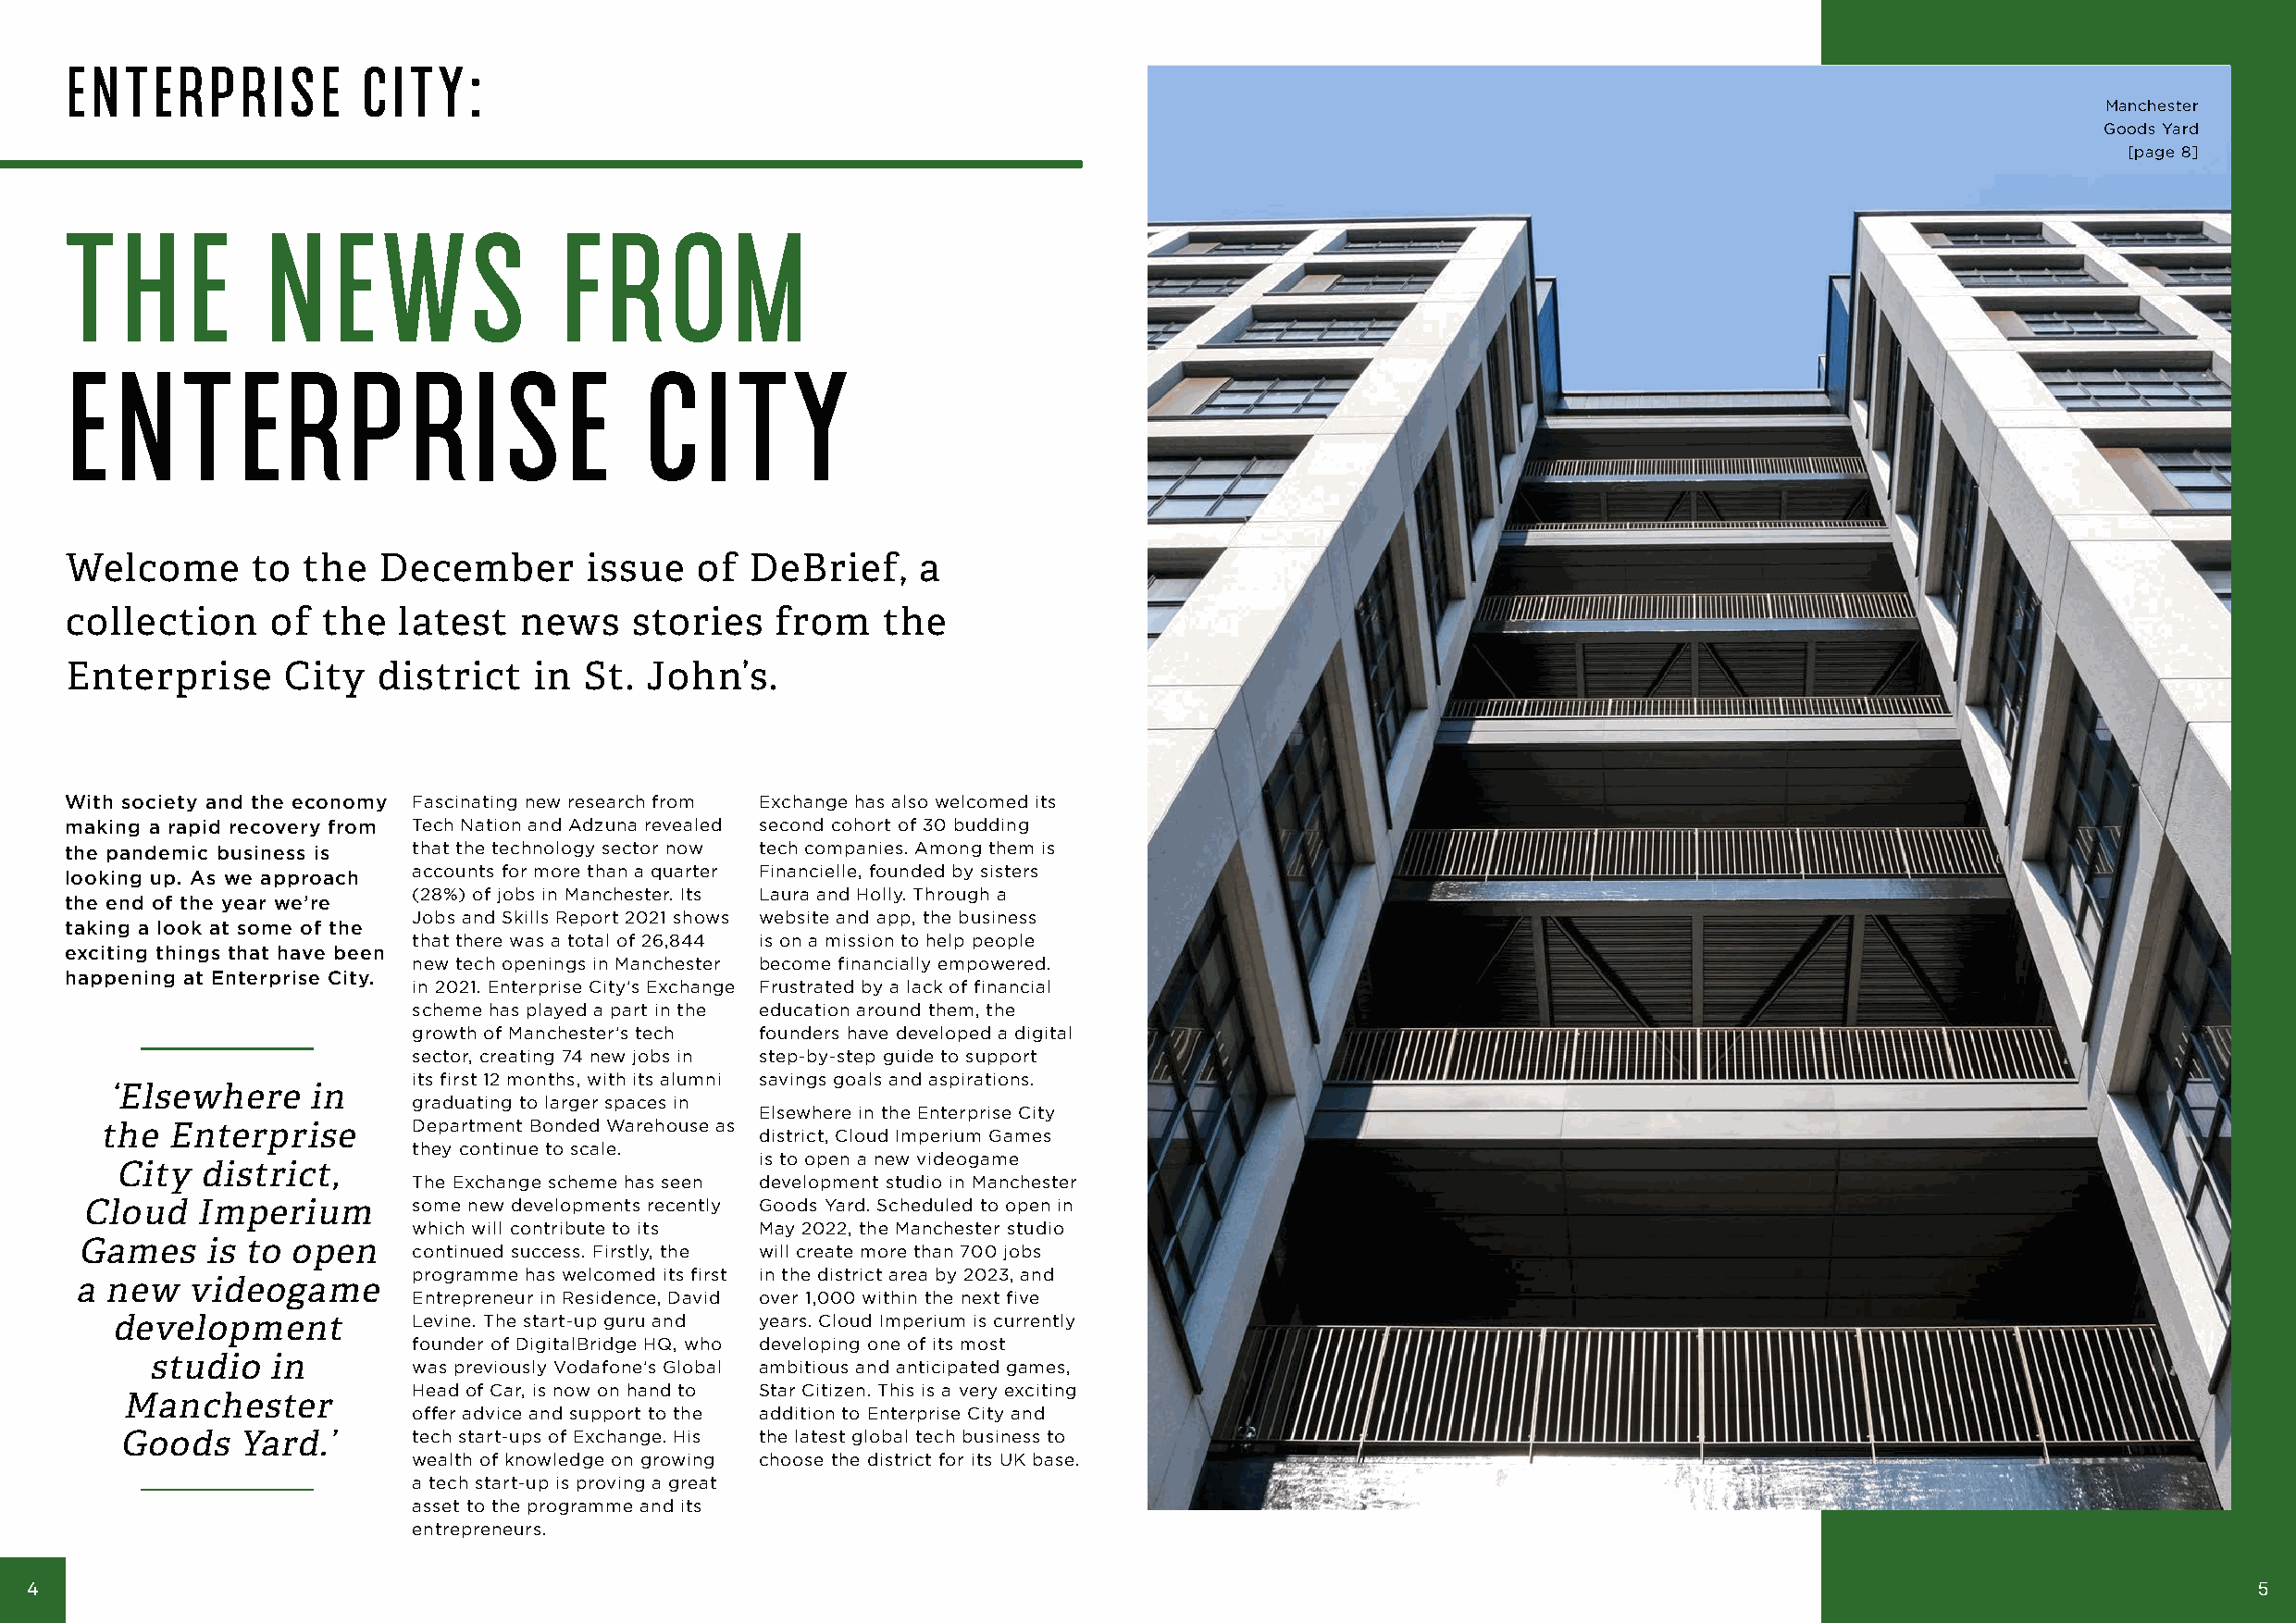
ENTERPRISE           CITY:
 Manchester
 Goods Yard
 [page 8]
 T   H   E     N    E  W      S     F   R   OM
 E  N    T   E   R   P    R   I S   E     C   I  T   Y
 Welcome      to  the  December       issue   of  DeBrief,    a
 collection    of  the  latest   news    stories   from    the
 Enterprise     City   district   in  St. John’s.
 With society and the economy Fascinating new research from Exchange has also welcomed its
 making a rapid recovery from Tech Nation and Adzuna revealed second cohort of 30 budding
 the pandemic business is that the technology sector now tech companies. Among them is
 accounts for more than a quarter Financielle, founded by sisters
 looking up. As we approach
 (28%) of jobs in Manchester. Its Laura and Holly. Through a
 the end of the year we’re
 Jobs and Skills Report 2021 shows website and app, the business
 taking a look at some of the
 that there was a total of 26,844 is on a mission to help people
 exciting things that have been
 new tech openings in Manchester become financially empowered.
 happening at Enterprise City.
 in 2021. Enterprise City’s Exchange Frustrated by a lack of financial
 scheme has played a part in the education around them, the
 growth of Manchester’s tech founders have developed a digital
 sector, creating 74 new jobs in step-by-step guide to support
 its first 12 months, with its alumni savings goals and aspirations.
 ‘Elsewhere    in
 graduating to larger spaces in
 Elsewhere in the Enterprise City
 the  Enterprise       Department Bonded Warehouse as
 district, Cloud Imperium Games
 they continue to scale.
 is to open a new videogame
 City  district,
 The Exchange scheme has seen development studio in Manchester
 Cloud   Imperium       some new developments recently Goods Yard. Scheduled to open in
 which will contribute to its May 2022, the Manchester studio
 Games     is to open
 continued success. Firstly, the will create more than 700 jobs
 programme has welcomed its first in the district area by 2023, and
 a new   videogame
 Entrepreneur in Residence, David over 1,000 within the next five
 development          Levine. The start-up guru and years. Cloud Imperium is currently
 founder of DigitalBridge HQ, who developing one of its most
 studio  in
 was previously Vodafone’s Global ambitious and anticipated games,
 Head of Car, is now on hand to Star Citizen. This is a very exciting
 Manchester
 offer advice and support to the addition to Enterprise City and
 Goods    Yard.’      tech start-ups of Exchange. His the latest global tech business to
 wealth of knowledge on growing choose the district for its UK base.
 a tech start-up is proving a great
 asset to the programme and its
 entrepreneurs.
 4                                                                                                                                                              5